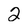
Character: 2